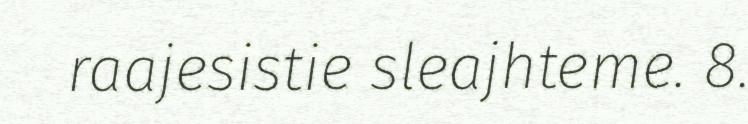
raajesistie sleajhteme. 8.